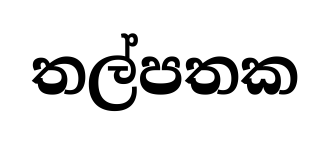
තල්පතක